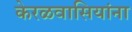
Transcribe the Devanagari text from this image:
केरळवासियांना